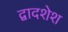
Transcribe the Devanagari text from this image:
द्वादशेश